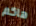
هاكم